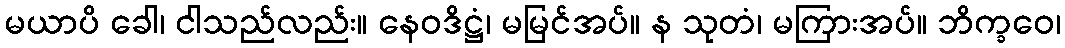
မယာပိ ခေါ၊ ငါသည်လည်း။ နေဝဒိဋ္ဌံ၊ မမြင်အပ်။ န သုတံ၊ မကြားအပ်။ ဘိက္ခဝေ၊